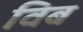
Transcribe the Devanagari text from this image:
विब